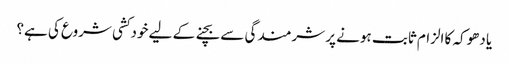
یا دھوکہ کا الزام ثابت ہونے پر شرمندگی سے بچنے کے لیے خودکشی شروع کی ہے؟